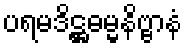
ပရမဒိဋ္ဌဓမ္မနိဗ္ဗာနံ